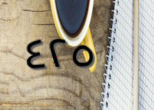
٤٢٥